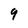
Character: 9